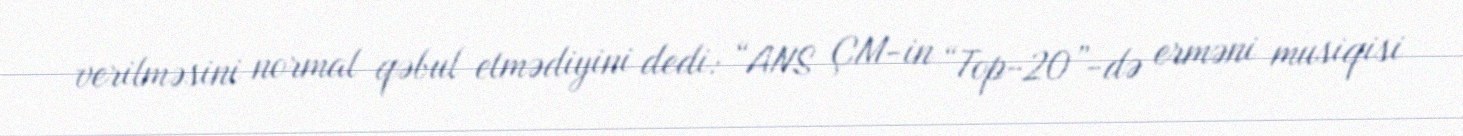
verilməsini normal qəbul etmədiyini dedi: “ANS ÇM-in “Top-20”-də erməni musiqisi